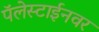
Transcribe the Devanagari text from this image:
पॅलेस्टाईनवर